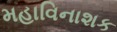
મહાવિનાશક